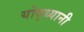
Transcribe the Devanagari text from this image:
योद्ध्यानी